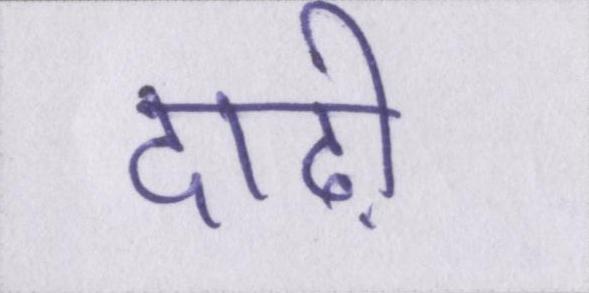
दाढ़ी